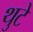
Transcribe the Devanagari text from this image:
थुटे